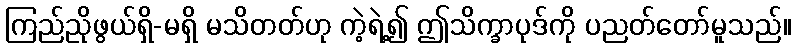
ကြည်ညိုဖွယ်ရှိ-မရှိ မသိတတ်ဟု ကဲ့ရဲ့၍ ဤသိက္ခာပုဒ်ကို ပညတ်တော်မူသည်။